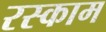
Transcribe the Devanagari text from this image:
रस्काम